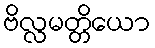
ဗိလ္လမတ္တိယော